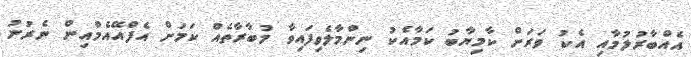
އެއްބާރުލުމާއި އެކު ވަރަށް ކާމިޔާބު ކަމާއެކު ނިންމާލެވިފައިވާ މުބާރާތެއް ކަމަށް އެފްއޭއެމްއިން ނެރުނު